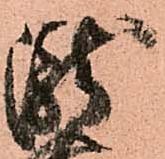
瀧